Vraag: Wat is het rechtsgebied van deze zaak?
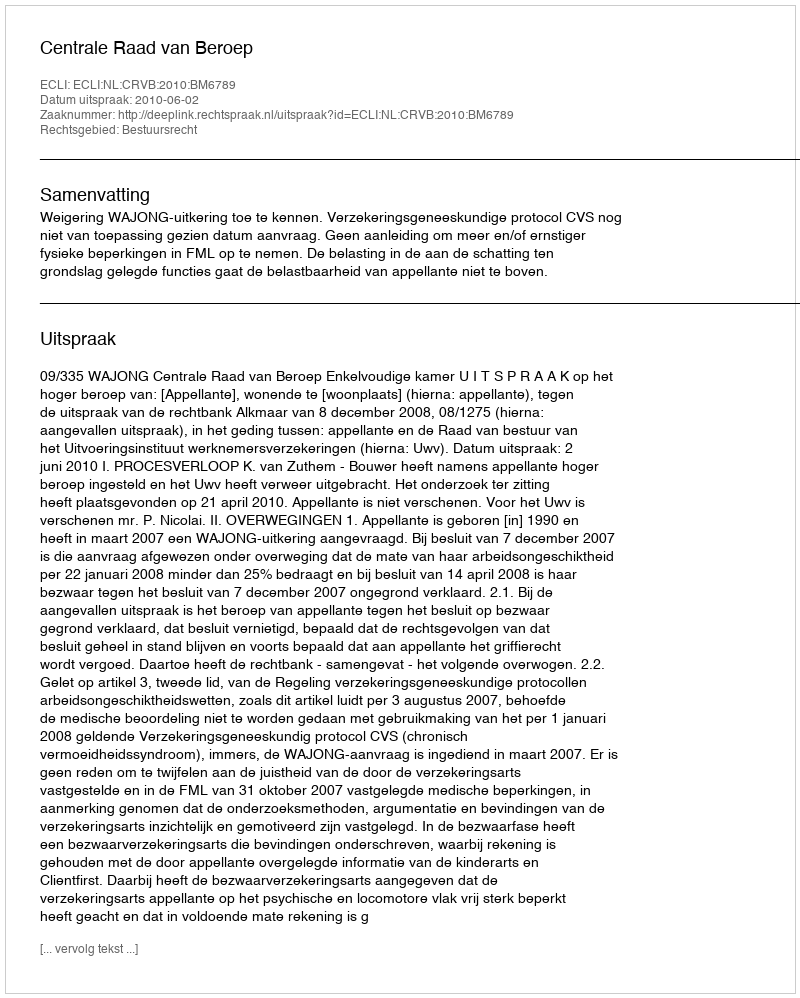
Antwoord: Bestuursrecht